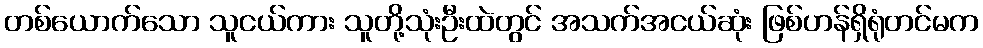
တစ်ယောက်သော သူငယ်ကား သူတို့သုံးဦးထဲတွင် အသက်အငယ်ဆုံး ဖြစ်ဟန်ရှိရုံတင်မက